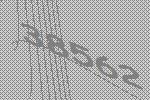
38562